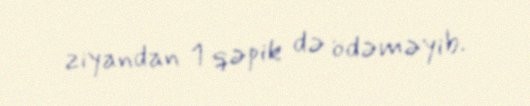
ziyandan 1 qəpik də ödəməyib.